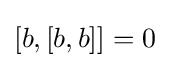
[b,[b,b]]=0